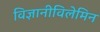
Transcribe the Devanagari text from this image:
विज्ञानीविलेमिन